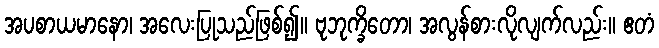
အပစာယမာနော၊ အလေးပြုသည်ဖြစ်၍။ ဗုဘုက္ခိတော၊ အလွန်စားလိုလျက်လည်း။ ဧတံ